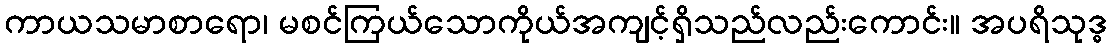
ကာယသမာစာရော၊ မစင်ကြယ်သောကိုယ်အကျင့်ရှိသည်လည်းကောင်း။ အပရိသုဒ္ဓ